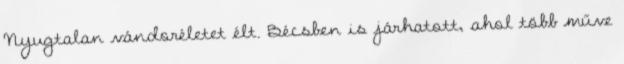
Nyugtalan vándoréletet élt. Bécsben is járhatott, ahol több műve